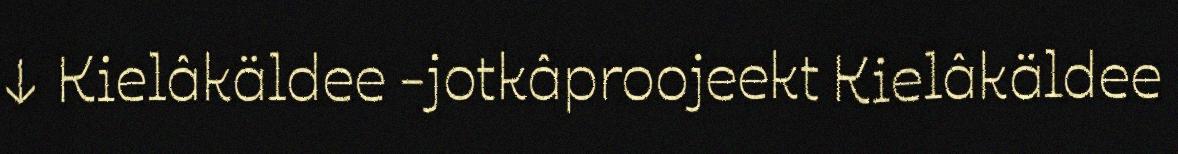
↓ Kielâkäldee -jotkâproojeekt Kielâkäldee